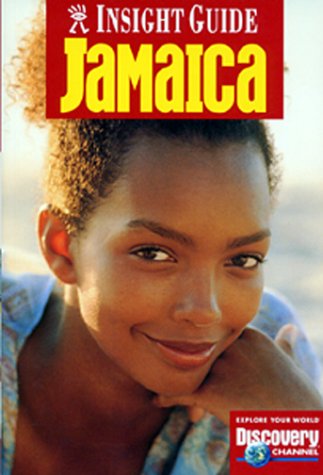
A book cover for Insight Guide Jamaica (Insight Guides); Lesley Gordon; Travel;